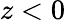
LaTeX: z<0